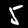
Digit: 5